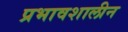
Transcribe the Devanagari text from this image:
प्रभावशालीन